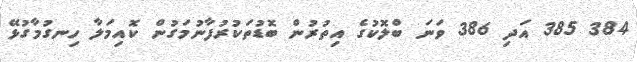
384 385 އަދި 386 ވަނަ ބްލޮކުގެ އިތުރުން ބޮޑުތަކުރުފާނުމަގުން ކޮއިމަލާ ހިނގުމާގުޅޭ